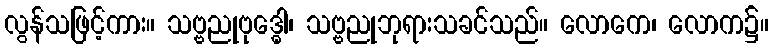
လွန်သဖြင့်ကား။ သဗ္ဗညုဗုဒ္ဓေါ၊ သဗ္ဗညုဘုရားသခင်သည်။ လောကေ၊ လောက၌။